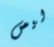
ليس